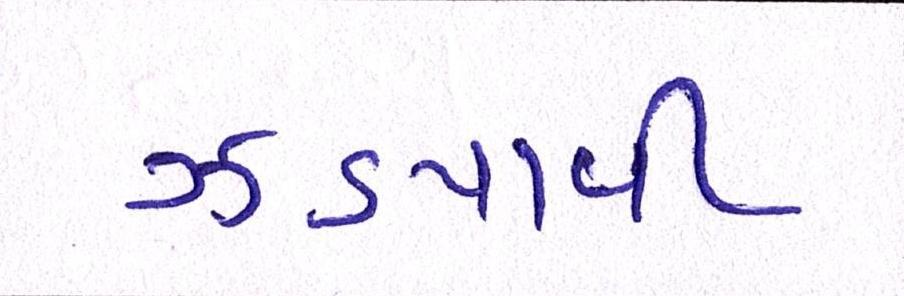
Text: ઝડપાવી